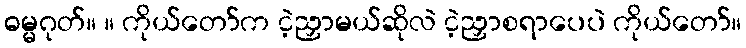
ဓမ္မဂုတ်။ ။ ကိုယ်တော်က ငဲ့ညှာမယ်ဆိုလဲ ငဲ့ညှာစရာပေပဲ ကိုယ်တော်။